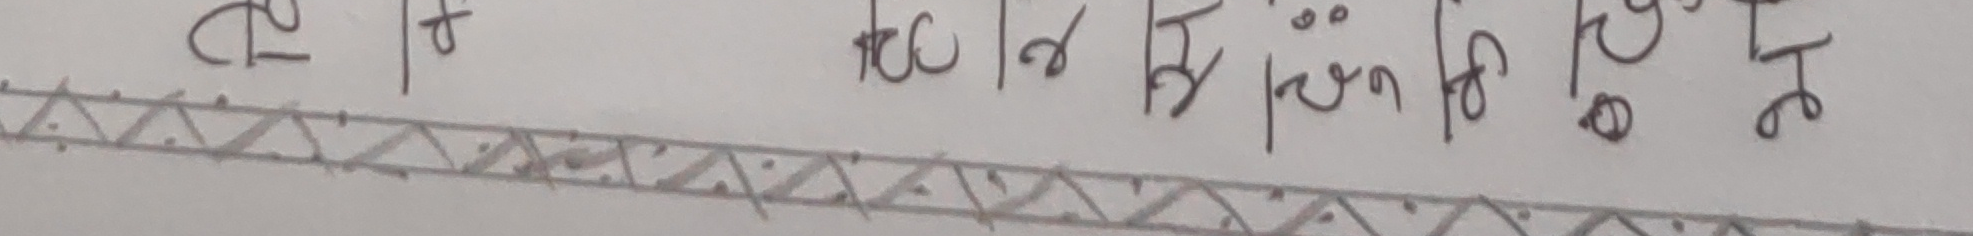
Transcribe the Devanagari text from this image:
म र रु । र ले